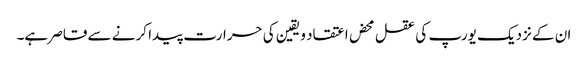
ان کے نزدیک یورپ کی عقل محض اعتقاد و یقین کی حرارت پیدا کرنے سے قاصر ہے۔